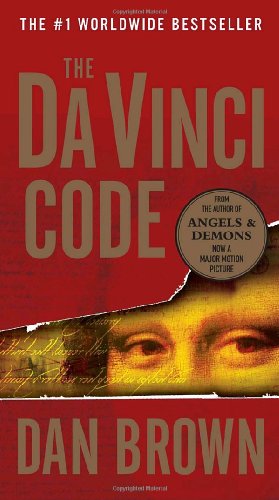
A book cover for The Da Vinci Code; Dan Brown; Mystery, Thriller & Suspense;